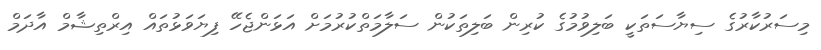
މިސަރުކާރުގެ ސިޔާސަތަކީ ބަލިވުމުގެ ކުރިން ބަލިތަކުން ސަލާމަތްކުރުމަށް އަޅަންޖެހޭ ފިޔަވަޅުތައް އިރްތިޝާމް އާދަމް